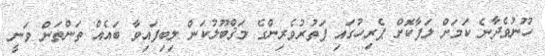
ހޫނުވެދާނެ ކަމަށް ލަފާކޮށް ޕެރިހުގައި ފަތުރުވެރިންގެ މަޤްބޫލުކަން ލިބިފައިވާ ބައެއް ތަންތަން ވަނީ